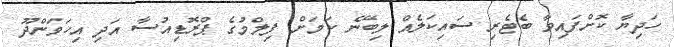
ހަދިޔާ ކޮށްފައިވާ ބެޓެރި ސައިކަލެއް ލިބޭނެ ކަމަށް ފިލްމުގެ ޕްރޮޑިއުސާ އަދި އިހަވަންދޫ